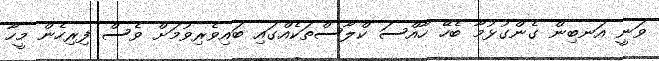
ވަނީ އަނބިން ގެންގުޅުމާ ބެހޭ ހާއްސަ ކްލާސްތަކެއްގައި ބައިވެރިވުމަށް ވެސް ފިރިހެން މީހާ